Indian journal of veterinary science and animal husbandry - Volume 12,
Year: 1942
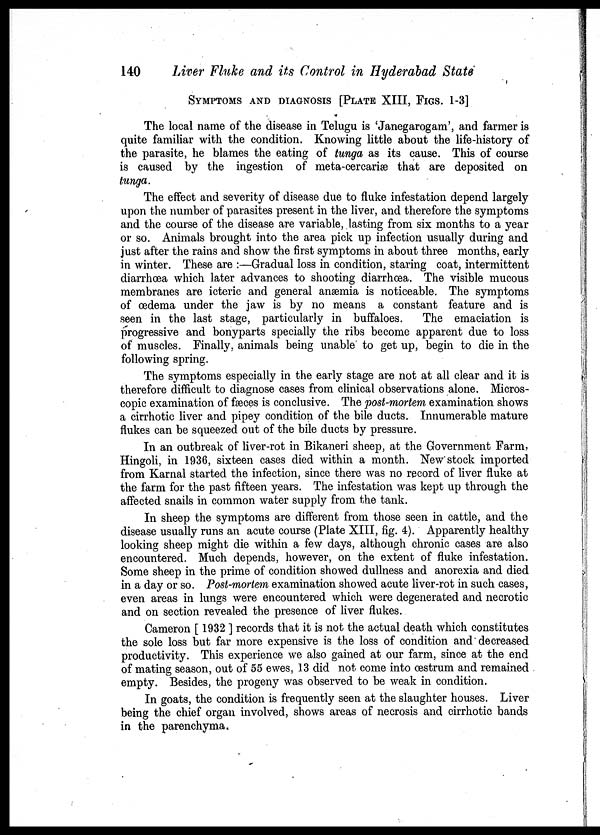
140
Liver Fluke and its Control in Hyderabad State
SYMPTOMS AND DIAGNOSIS [PLATE XIII, FIGS. 1-3]
The local name of the disease in Telugu is 'Janegarogam', and farmer is
quite familiar with the condition. Knowing little about the life-history of
the parasite, he blames the eating of tunga as its cause. This of course
is caused by the ingestion of meta-cercariæ that are deposited on
tunga.
The effect and severity of disease due to fluke infestation depend largely
upon the number of parasites present in the liver, and therefore the symptoms
and the course of the disease are variable, lasting from six months to a year
or so. Animals brought into the area pick up infection usually during and
just after the rains and show the first symptoms in about three months, early
in winter. These are :—Gradual loss in condition, staring coat, intermittent
diarrhœa which later advances to shooting diarrhœa. The visible mucous
membranes are icteric and general anæmia is noticeable. The symptoms
of œdema under the jaw is by no means a constant feature and is
seen in the last stage, particularly in buffaloes.
The emaciation is
progressive and bonyparts specially the ribs become apparent due to loss
of muscles. Finally, animals being unable to get up, begin to die in the
following spring.
The symptoms especially in the early stage are not at all clear and it is
therefore difficult to diagnose cases from clinical observations alone. Micros-
copic examination of fæces is conclusive. The post-mortem examination shows
a cirrhotic liver and pipey condition of the bile ducts. Innumerable mature
flukes can be squeezed out of the bile ducts by pressure.
In an outbreak of liver-rot in Bikaneri sheep, at the Government Farm,
Hingoli, in 1936, sixteen cases died within a month. New stock imported
from Karnal started the infection, since there was no record of liver fluke at
the farm for the past fifteen years. The infestation was kept up through the
affected snails in common water supply from the tank.
In sheep the symptoms are different from those seen in cattle, and the
disease usually runs an acute course (Plate XIII, fig. 4). Apparently healthy
looking sheep might die within a few days, although chronic cases are also
encountered. Much depends, however, on the extent of fluke infestation.
Some sheep in the prime of condition showed dullness and anorexia and died
in a day or so. Post-mortem examination showed acute liver-rot in such cases,
even areas in lungs were encountered which were degenerated and necrotic
and on section revealed the presence of liver flukes.
Cameron [ 1932 ] records that it is not the actual death which constitutes
the sole loss but far more expensive is the loss of condition and decreased
productivity. This experience we also gained at our farm, since at the end
of mating season, out of 55 ewes, 13 did not come into œstrum and remained
empty. Besides, the progeny was observed to be weak in condition.
In goats, the condition is frequently seen at the slaughter houses. Liver
being the chief organ involved, shows areas of necrosis and cirrhotic bands
in the parenchyma.